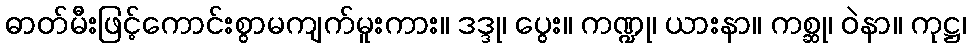
ဓာတ်မီးဖြင့်ကောင်းစွာမကျက်မူးကား။ ဒဒ္ဒု၊ ပွေး။ ကဏ္ဍု၊ ယားနာ။ ကစ္ဆု၊ ဝဲနာ။ ကုဋ္ဌ၊